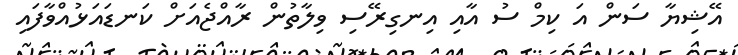
އޭޝިޔާ ސަން އަ ކިމް ސު އާއި އިނގިރޭސި ވިލާތުން ރާއްޖެއަށް ކަނޑައަޅުއްވާފައި